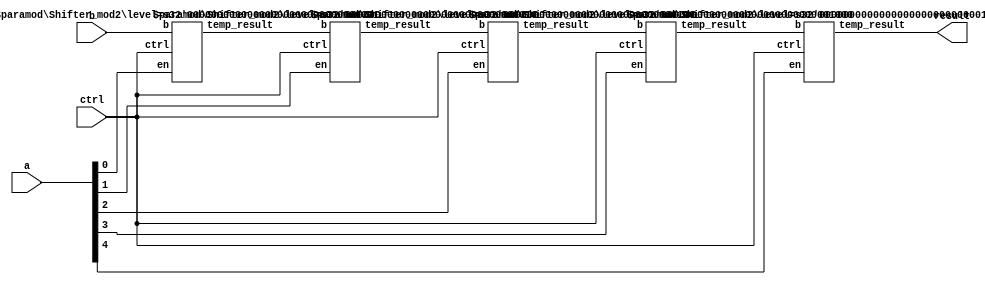
module Shifter(
  input[31:0] a,
  input[31:0] b,
  input[1:0] ctrl,
  output[31:0] result
  );
wire[31:0] t1, t2, t4, t8;

Shifter_mod2 #(1) S1(.b(b), .ctrl(ctrl), .en(a[0]), .temp_result(t1));
Shifter_mod2 #(2) S2(.b(t1), .ctrl(ctrl), .en(a[1]), .temp_result(t2));
Shifter_mod2 #(4) S3(.b(t2), .ctrl(ctrl), .en(a[2]), .temp_result(t4));
Shifter_mod2 #(8) S4(.b(t4), .ctrl(ctrl), .en(a[3]), .temp_result(t8));
Shifter_mod2 #(16) S5(.b(t8), .ctrl(ctrl), .en(a[4]), .temp_result(result));

endmodule

module Shifter_mod2(
  input[31:0] b,
  input[1:0] ctrl,
  input en,
  output reg[31:0] temp_result
  );

  parameter level = 1;
  wire signed [31:0] signedb = b;
  always@(*)
  begin
    if(en)
      case(ctrl)
      2'b00:
        temp_result <= b << level;
      2'b01:
        temp_result <= b >> level;
      2'b11:
        temp_result <= signedb >>> level;
      default:
        temp_result <= b;
      endcase
    else begin
      temp_result <= b;
    end
  end

endmodule